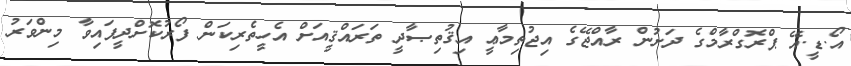
އޯ.ޑީ.އޭ ޕްރޮގްރާމްގެ ދަށުން ރާއްޖޭގެ އިޖުތިމާޢީ އިޤުތިޞާދީ ތަރައްޤީއަށް އެހީތެރިކަން ފޯރުކޮށްދީފައިވާ މިންވަރު